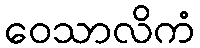
ဝေသာလိကံ